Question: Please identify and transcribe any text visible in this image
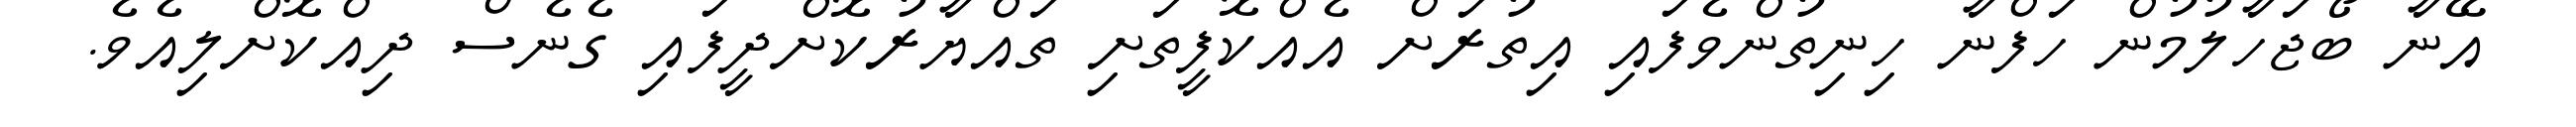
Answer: އޭނާ ބޯޖަހާލުމުން ހަފްނާ ހިނިތުންވެފައި އިތުރަށް އެއްކޮފީތަށި ތައްޔާރުކޮށްދީފައި ގެނެސް ދިއްކޮށްލިއެވެ.